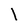
Character: l